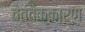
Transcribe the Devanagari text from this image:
वेत्तैक्कारण